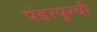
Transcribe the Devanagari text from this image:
पंडरपूरची